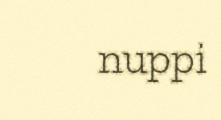
nuppi